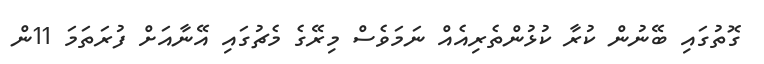
ގޮތުގައި ބޭނުން ކުރާ ކުޅުންތެރިއެއް ނަމަވެސް މިރޭގެ މެޗުގައި އޭނާއަށް ފުރަތަމަ 11ން